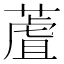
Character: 蔖